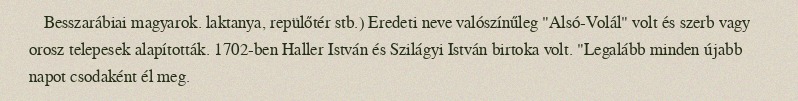
Besszarábiai magyarok. laktanya, repülőtér stb.) Eredeti neve valószínűleg "Alsó-Volál" volt és szerb vagy orosz telepesek alapították. 1702-ben Haller István és Szilágyi István birtoka volt. "Legalább minden újabb napot csodaként él meg.